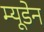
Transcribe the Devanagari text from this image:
म्यूडेन